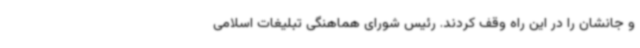
و جانشان را در این راه وقف کردند. رئیس شورای هماهنگی تبلیغات اسلامی